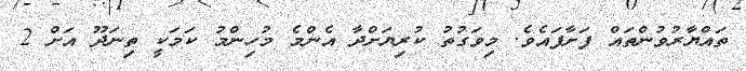
ތައްޔާރުވުންތައް ފަށާފައެވެ. މިވަގުތު ކުރިޔަށްދާ އެންމެ މުހިންމު ކަމަކީ ތިނަދޫ އަށް 2